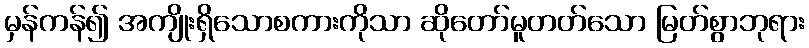
မှန်ကန်၍ အကျိုးရှိသောစကားကိုသာ ဆိုတော်မူတတ်သော မြတ်စွာဘုရား